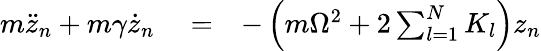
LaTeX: \begin{array}{rlr}{m\ddot{z}_{n}+m\gamma\dot{z}_{n}}&{{}=}&{-\left(m\Omega^{2}+2\sum_{l=1}^{N}K_{l}\right)z_{n}}\end{array}